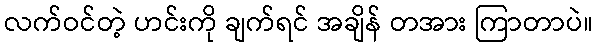
လက်ဝင်တဲ့ ဟင်းကို ချက်ရင် အချိန် တအား ကြာတာပဲ။